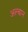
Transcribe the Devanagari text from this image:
अल्बान